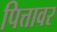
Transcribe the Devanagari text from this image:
पित्तावर